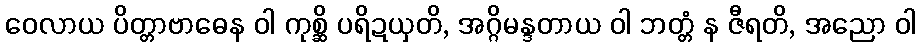
ဝေလာယ ပိတ္တာဗာဓေန ဝါ ကုစ္ဆိ ပရိဍယှတိ, အဂ္ဂိမန္ဒတာယ ဝါ ဘတ္တံ န ဇီရတိ, အညော ဝါ